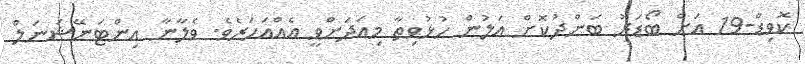
ކޮވިޑް-19 އަށް ބޯޑަރު ބަންދުކޮށް އަލުން ހުޅުވިތާ މިއަދަށްވީ އެއްއަހަރެވެ. ވެލާނާ އިންޓަނޭޝަނަލް